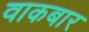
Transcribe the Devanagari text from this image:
वाकबार